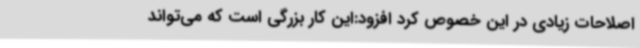
اصلاحات زیادی در این خصوص کرد افزود:این کار بزرگی است که می‌تواند